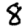
Digit: 8